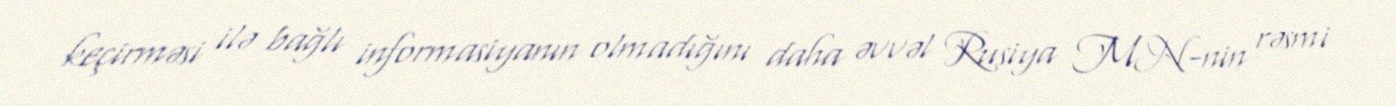
keçirməsi ilə bağlı informasiyanın olmadığını daha əvvəl Rusiya MN-nin rəsmi